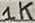
Text: 1K